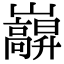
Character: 巐